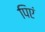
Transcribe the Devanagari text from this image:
पिएं